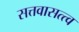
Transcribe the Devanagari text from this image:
सत्तवासत्त्व